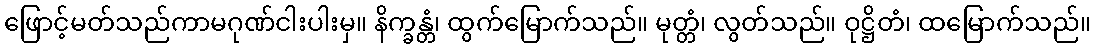
ဖြောင့်မတ်သည်ကာမဂုဏ်ငါးပါးမှ။ နိက္ခန္တံ၊ ထွက်မြောက်သည်။ မုတ္တံ၊ လွတ်သည်။ ဝုဋ္ဌိတံ၊ ထမြောက်သည်။